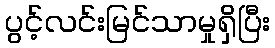
ပွင့်လင်းမြင်သာမှုရှိပြီး